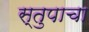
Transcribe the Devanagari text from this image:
स्तुपाचा